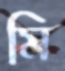
মি